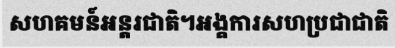
សហគមន៍អន្តរជាតិ។អង្គការសហប្រជាជាតិ